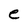
Character: e